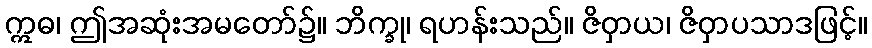
ဣဓ၊ ဤအဆုံးအမတော်၌။ ဘိက္ခု၊ ရဟန်းသည်။ ဇိဝှာယ၊ ဇိဝှာပသာဒဖြင့်။